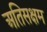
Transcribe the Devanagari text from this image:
अतिसक्षम